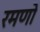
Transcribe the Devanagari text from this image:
रमणो